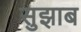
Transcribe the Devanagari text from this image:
सुझाब